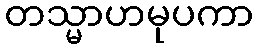
တသ္မာဟမုပကာ